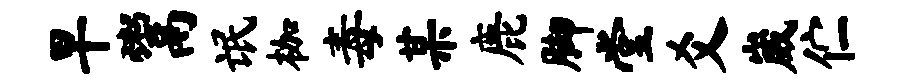
早鬻氓枷毒某鹿脚堂爻崴伫